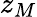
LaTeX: z_{M}